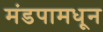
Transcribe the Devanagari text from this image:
मंडपामधून